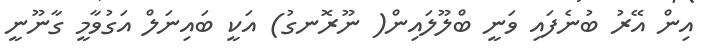
އިން އޭރު ބުނެފައި ވަނީ ބްލޫލައިން( ނޫރޮނގު) އަކީ ބައިނަލް އަގުވާމީ ގާނޫނީ